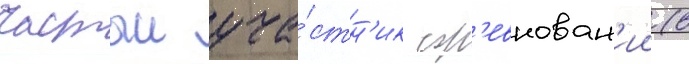
частыи уча́стн'ик сор'евнован'ии (в